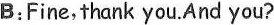
B:Fine,thank you.And you?